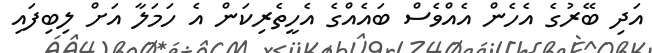
އަދި ބޭރުގެ އެހެން އެއްވެސް ބައެއްގެ އެހީތެރިކަން އެ ހަމަލާ އަށް ލިބިފައި